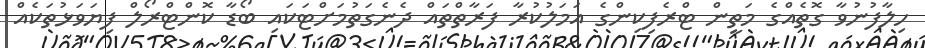
ހިލާފުނުވާ ގޮތެއްގެ މަތީން ޓްރެފިކިންގެ އަމަލުކުރާ ފަރާތްތައް ދެނެގަތުމަށްޓަކައި ބޯޑާ ކޮންޓްރޯލް ފިޔަވަޅުތަކެއް